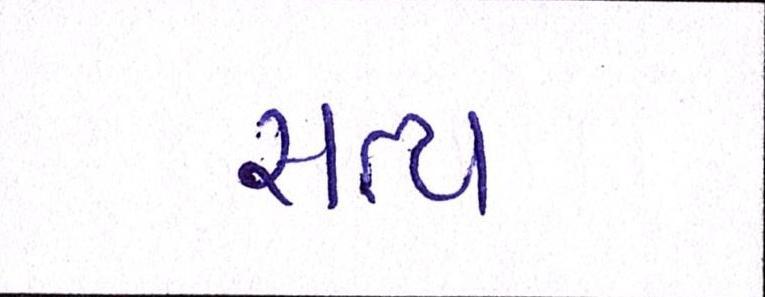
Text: સત્ય